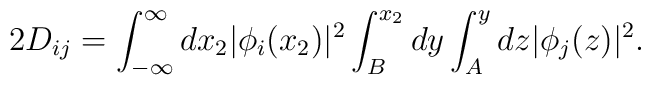
2D_{ij}=\int_{-\infty}^{\infty} dx_2 |\phi_i(x_2)|^2\int_B^{x_2} dy\int_A^y dz |\phi_j(z)|^2.